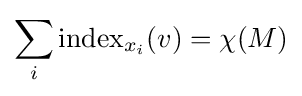
\sum _{i}\operatorname {index} _{x_{i}}(v)=\chi (M)